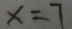
x = 7